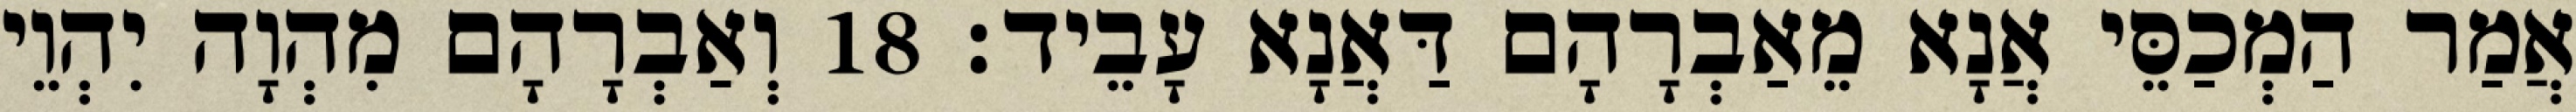
אֲמַר הַמְכַסֵּי אֲנָא מֵאַבְרָהָם דַּאֲנָא עָבֵיד׃ 18 וְאַבְרָהָם מִהְוָה יִהְוֵי